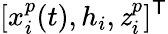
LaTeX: [x_{i}^{p}(t),h_{i},\mathit{z}_{i}^{p}]^{\mathsf{{T}}}